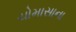
ચોમાસાના